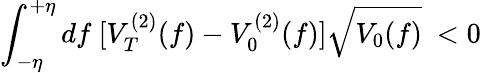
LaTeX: \int_{-\eta}^{+\eta}df~[V_{T}^{(2)}(f)-V_{0}^{(2)}(f)]\sqrt{V_{0}(f)}~<0